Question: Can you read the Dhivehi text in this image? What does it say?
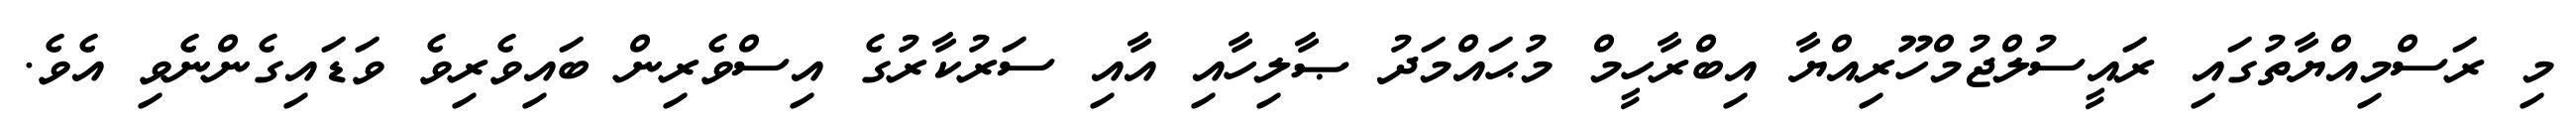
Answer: މި ރަސްމިއްޔާތުގައި ރައީސުލްޖުމްހޫރިއްޔާ އިބްރާހީމް މުޙައްމަދު ޞާލިހާއި އާއި ސަރުކާރުގެ އިސްވެރިން ބައިވެރިވެ ވަޑައިގެންނެވި އެވެ.